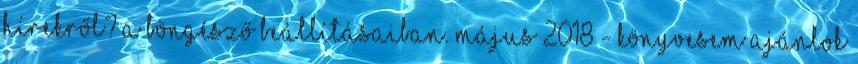
hírekről? a böngésző beállításaiban. május 2018 - Könyvesem Ajánlok